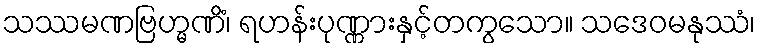
သဿမဏဗြဟ္မဏိံ၊ ရဟန်းပုဏ္ဏားနှင့်တကွသော။ သဒေဝမနုဿံ၊